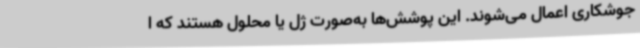
جوشکاری اعمال می‌شوند. این پوشش‌ها به‌صورت ژل یا محلول هستند که ا